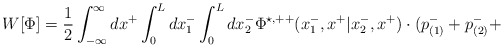
\begin{align*}W[{\Phi}]=\frac{1}{2} \int_{- \infty}^{\infty} dx^{+} \int_0^L dx_1^{-}\int_0^L dx_2^{-} {\Phi}^{\star,++}(x_1^{-},x^{+}|x_2^{-},x^{+})\cdot (p_{(1)}^{-} + p_{(2)}^{-} +\end{align*}